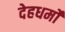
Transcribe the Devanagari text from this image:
देहधर्मों